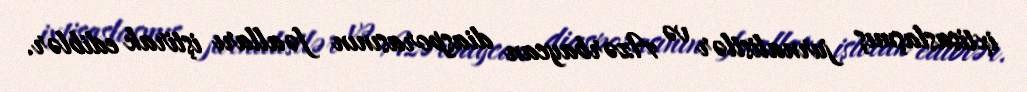
ixtisaslaşmış jurnalistlər və Azərbaycan diasporasının fəalları iştirak ediblər.